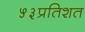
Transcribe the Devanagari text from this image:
५३प्रतिशत